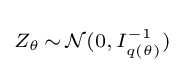
\scriptstyle Z_{\theta }\,\sim \,{\mathcal {N}}(0,\,I_{q(\theta )}^{-1})